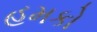
હમકો